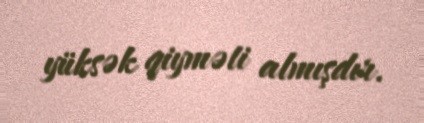
yüksək qiyməti almışdır.